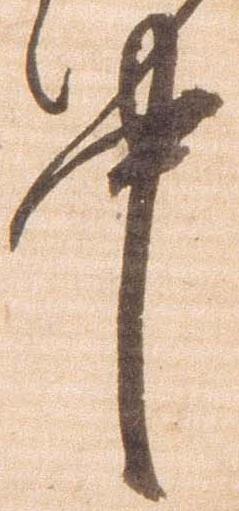
中